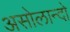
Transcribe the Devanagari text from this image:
असोलान्दो